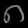
Digit: ၈